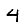
Digit: 4